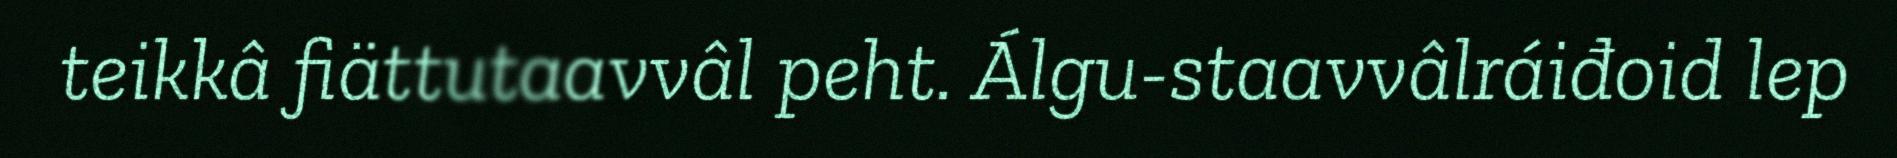
teikkâ fiättutaavvâl peht. Álgu-staavvâlráiđoid lep